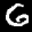
Label: 6